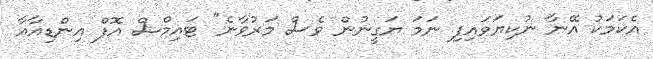
އެކަމަކު އޭނާ ނުކިޔަވައިފި ނަމަ ޔަގީނުން ވެސް މަރުވާނެ" ޓައިމްސް އޮފް އިންޑިއާއާ